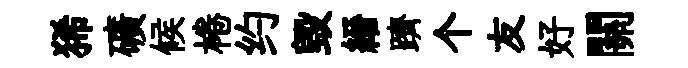
狶礦候棬约毁縉躋个友好關